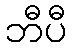
ဘီပီ